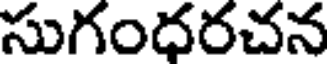
సుగంధరచన